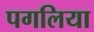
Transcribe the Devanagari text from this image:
पगलिया